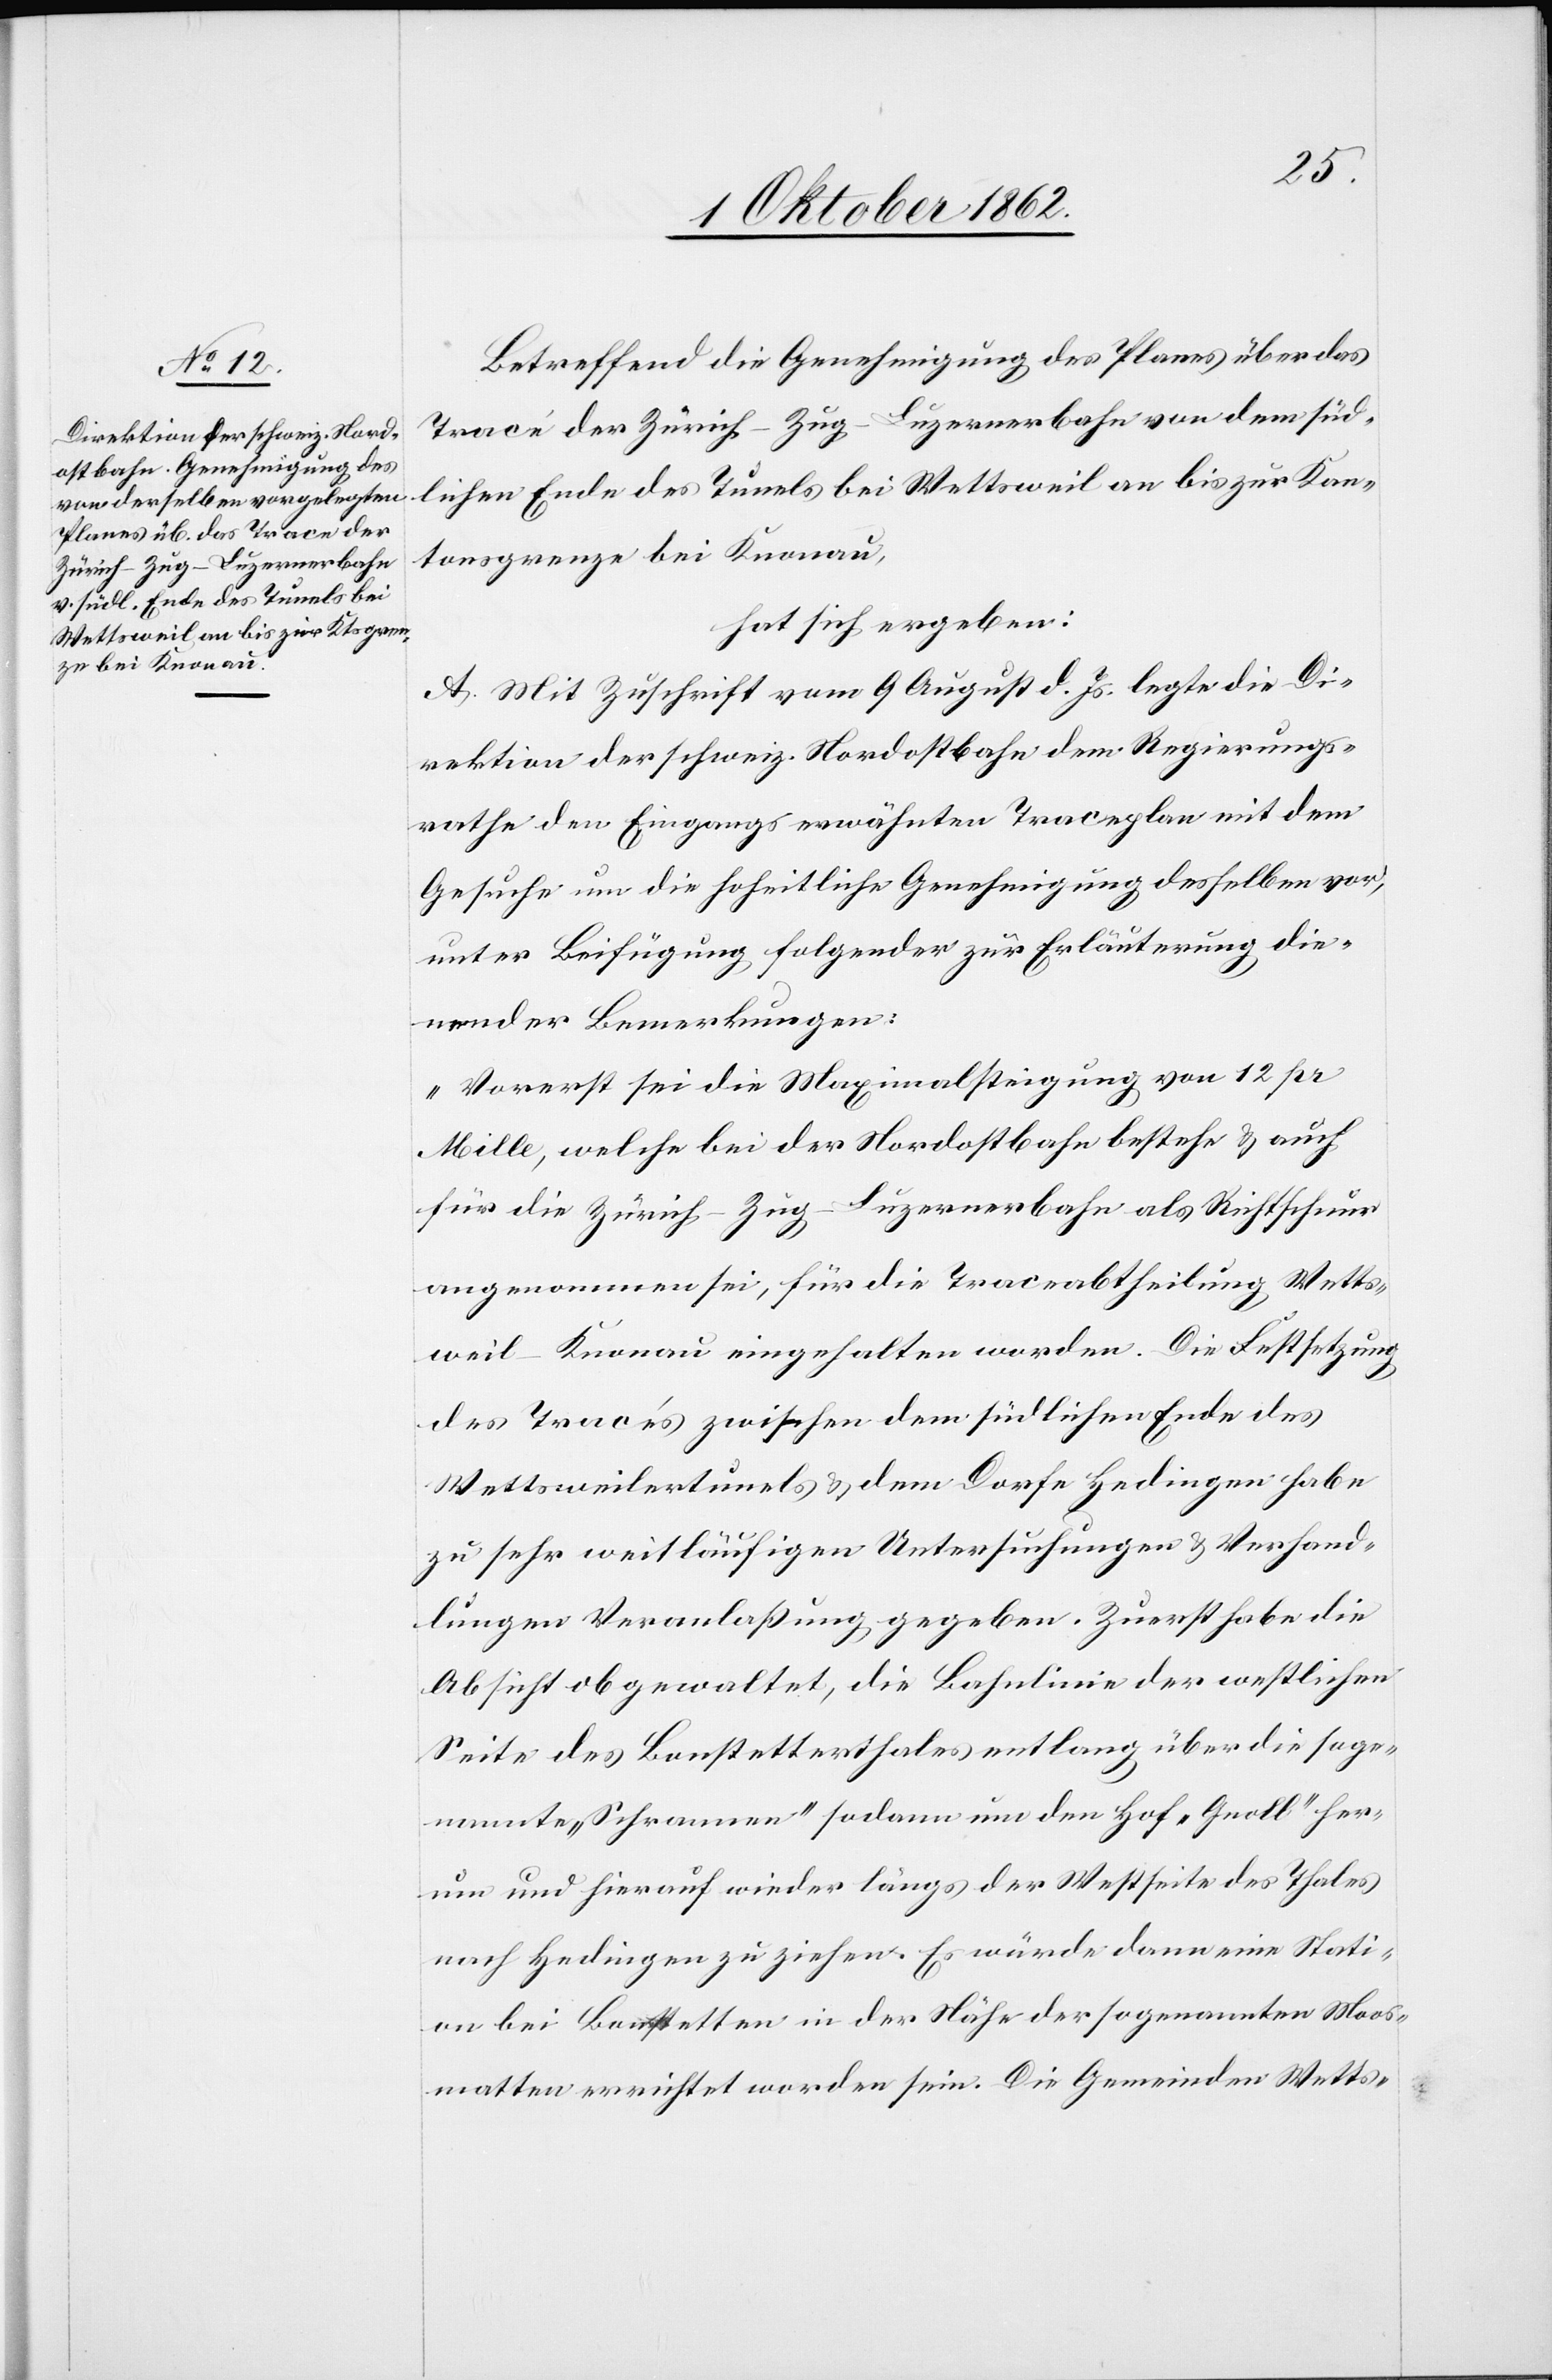
Betreffend die Genehmigung des Planes über das
Tracé der Zürich–Zug–Luzernerbahn von dem süd¬
lichen Ende des Tunels bei Wettsweil an bis zur Kan¬
tonsgrenze bei Knonau,
hat sich ergeben:
A. Mit Zuschrift vom 9. August d. Js. legte die Di¬
rektion der schweiz. Nordostbahn dem Regierungs¬
rathe den Eingangs erwähnten Traceplan mit dem
Gesuche um die hoheitliche Genehmigung desselben vor,
unter Beifügung folgender zur Erläuterung die¬
nender Bemerkungen:
„Vorerst sei die Maximalsteigung von 12 pr.
Mille, welche bei der Nordostbahn bestehe u. auch
für die Zürich–Zug–Luzernerbahn als Richtschnur
angenommen sei, für die Traceabtheilung Wetts¬
weil–Knonau eingehalten werden. Die Festsetzung
des Tracés zwischen dem südlichen Ende des
Wettsweilertunels u. dem Dorfe Hedingen habe
zu sehr weitläufigen Untersuchungen u. Verhand¬
lungen Veranlaßung gegeben. Zuerst habe die
Absicht ob gewaltet, die Bahnlinie der westlichen
Seite des Bonstetterthales entlang über die soge¬
nannte „Schrammen“ sodann um den Hof „Gnoll“ her¬
um und hierauf wieder längs der Westseite des Thales
nach Hedingen zu ziehen. Es würden dann eine Stati¬
on bei Bonstetten in der Nähe der sogenannte Moos¬
matten errichtet worden sein. Die Gemeinden Wetts-